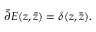
\bar { \partial } { \cal E } ( z , \bar { z } ) = \delta ( z , \bar { z } ) .